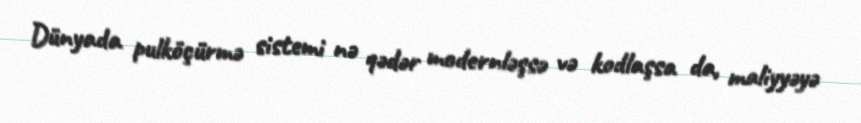
Dünyada pulköçürmə sistemi nə qədər modernləşsə və kodlaşsa da, maliyyəyə